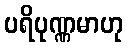
ပရိပုဏ္ဏမာဟု